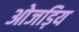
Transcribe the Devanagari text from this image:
ओजड़िय